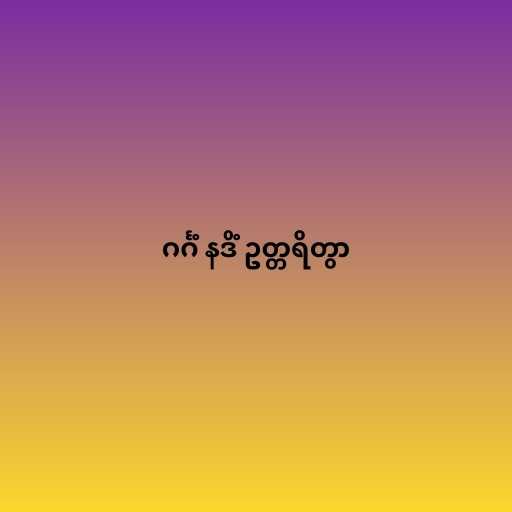
ဂင်္ဂံ နဒိံ ဥတ္တရိတွာ